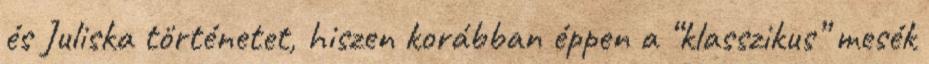
és Juliska történetet, hiszen korábban éppen a “klasszikus” mesék